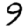
Digit: 9